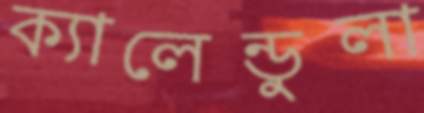
ক্যালেন্ডুলা